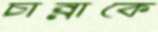
চান্নাকে